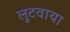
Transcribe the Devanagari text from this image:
लुटवाया